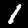
Digit: 1